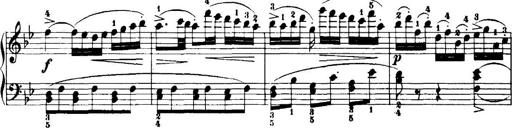
Title: 7 Sonatinas
Composer: Anton Diabelli